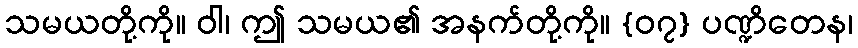
သမယတို့ကို။ ဝါ၊ ဤ သမယ၏ အနက်တို့ကို။ {၀၇} ပဏ္ဍိတေန၊